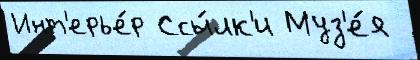
Инт'ерье́р Ссы́лк'и Муз'е́я